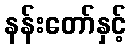
နန်းတော်နှင့်